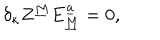
\delta _ { \kappa } Z ^ { \underline { { M } } } E _ { \underline { { M } } } ^ { \underline { { a } } } = 0 ,